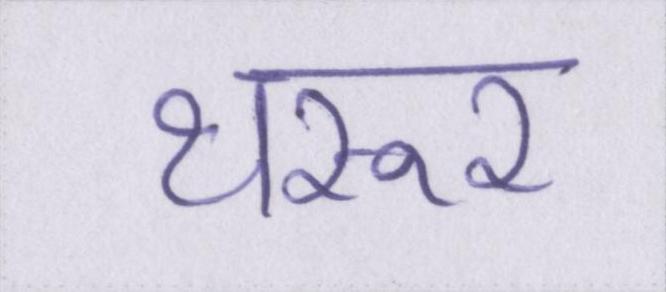
थरूर